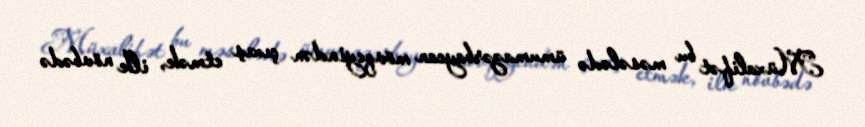
Müxalifət bu məsələdə ümumazərbaycan mövqeyindən çıxış etmək, ilk növbədə